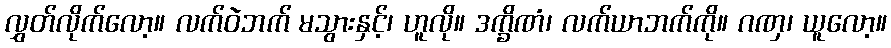
လွှတ်လိုက်လော့။ လက်ဝဲဘက် မသွားနှင့်၊ ဟူလို။ ဒက္ခိဏံ၊ လက်ယာဘက်ကို။ ဂဏှ၊ ယူလော့။